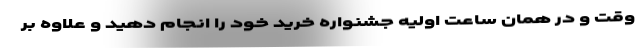
وقت و در همان ساعت اولیه جشنواره خرید خود را انجام دهید و علاوه بر